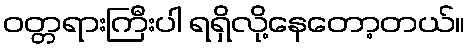
ဝတ္တရားကြီးပါ ရရှိလို့နေတော့တယ်။